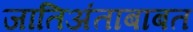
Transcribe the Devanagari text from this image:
जातिअंताबाबत